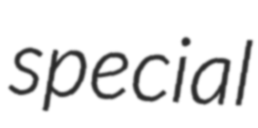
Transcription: special